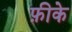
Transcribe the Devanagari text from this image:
फ़ीके